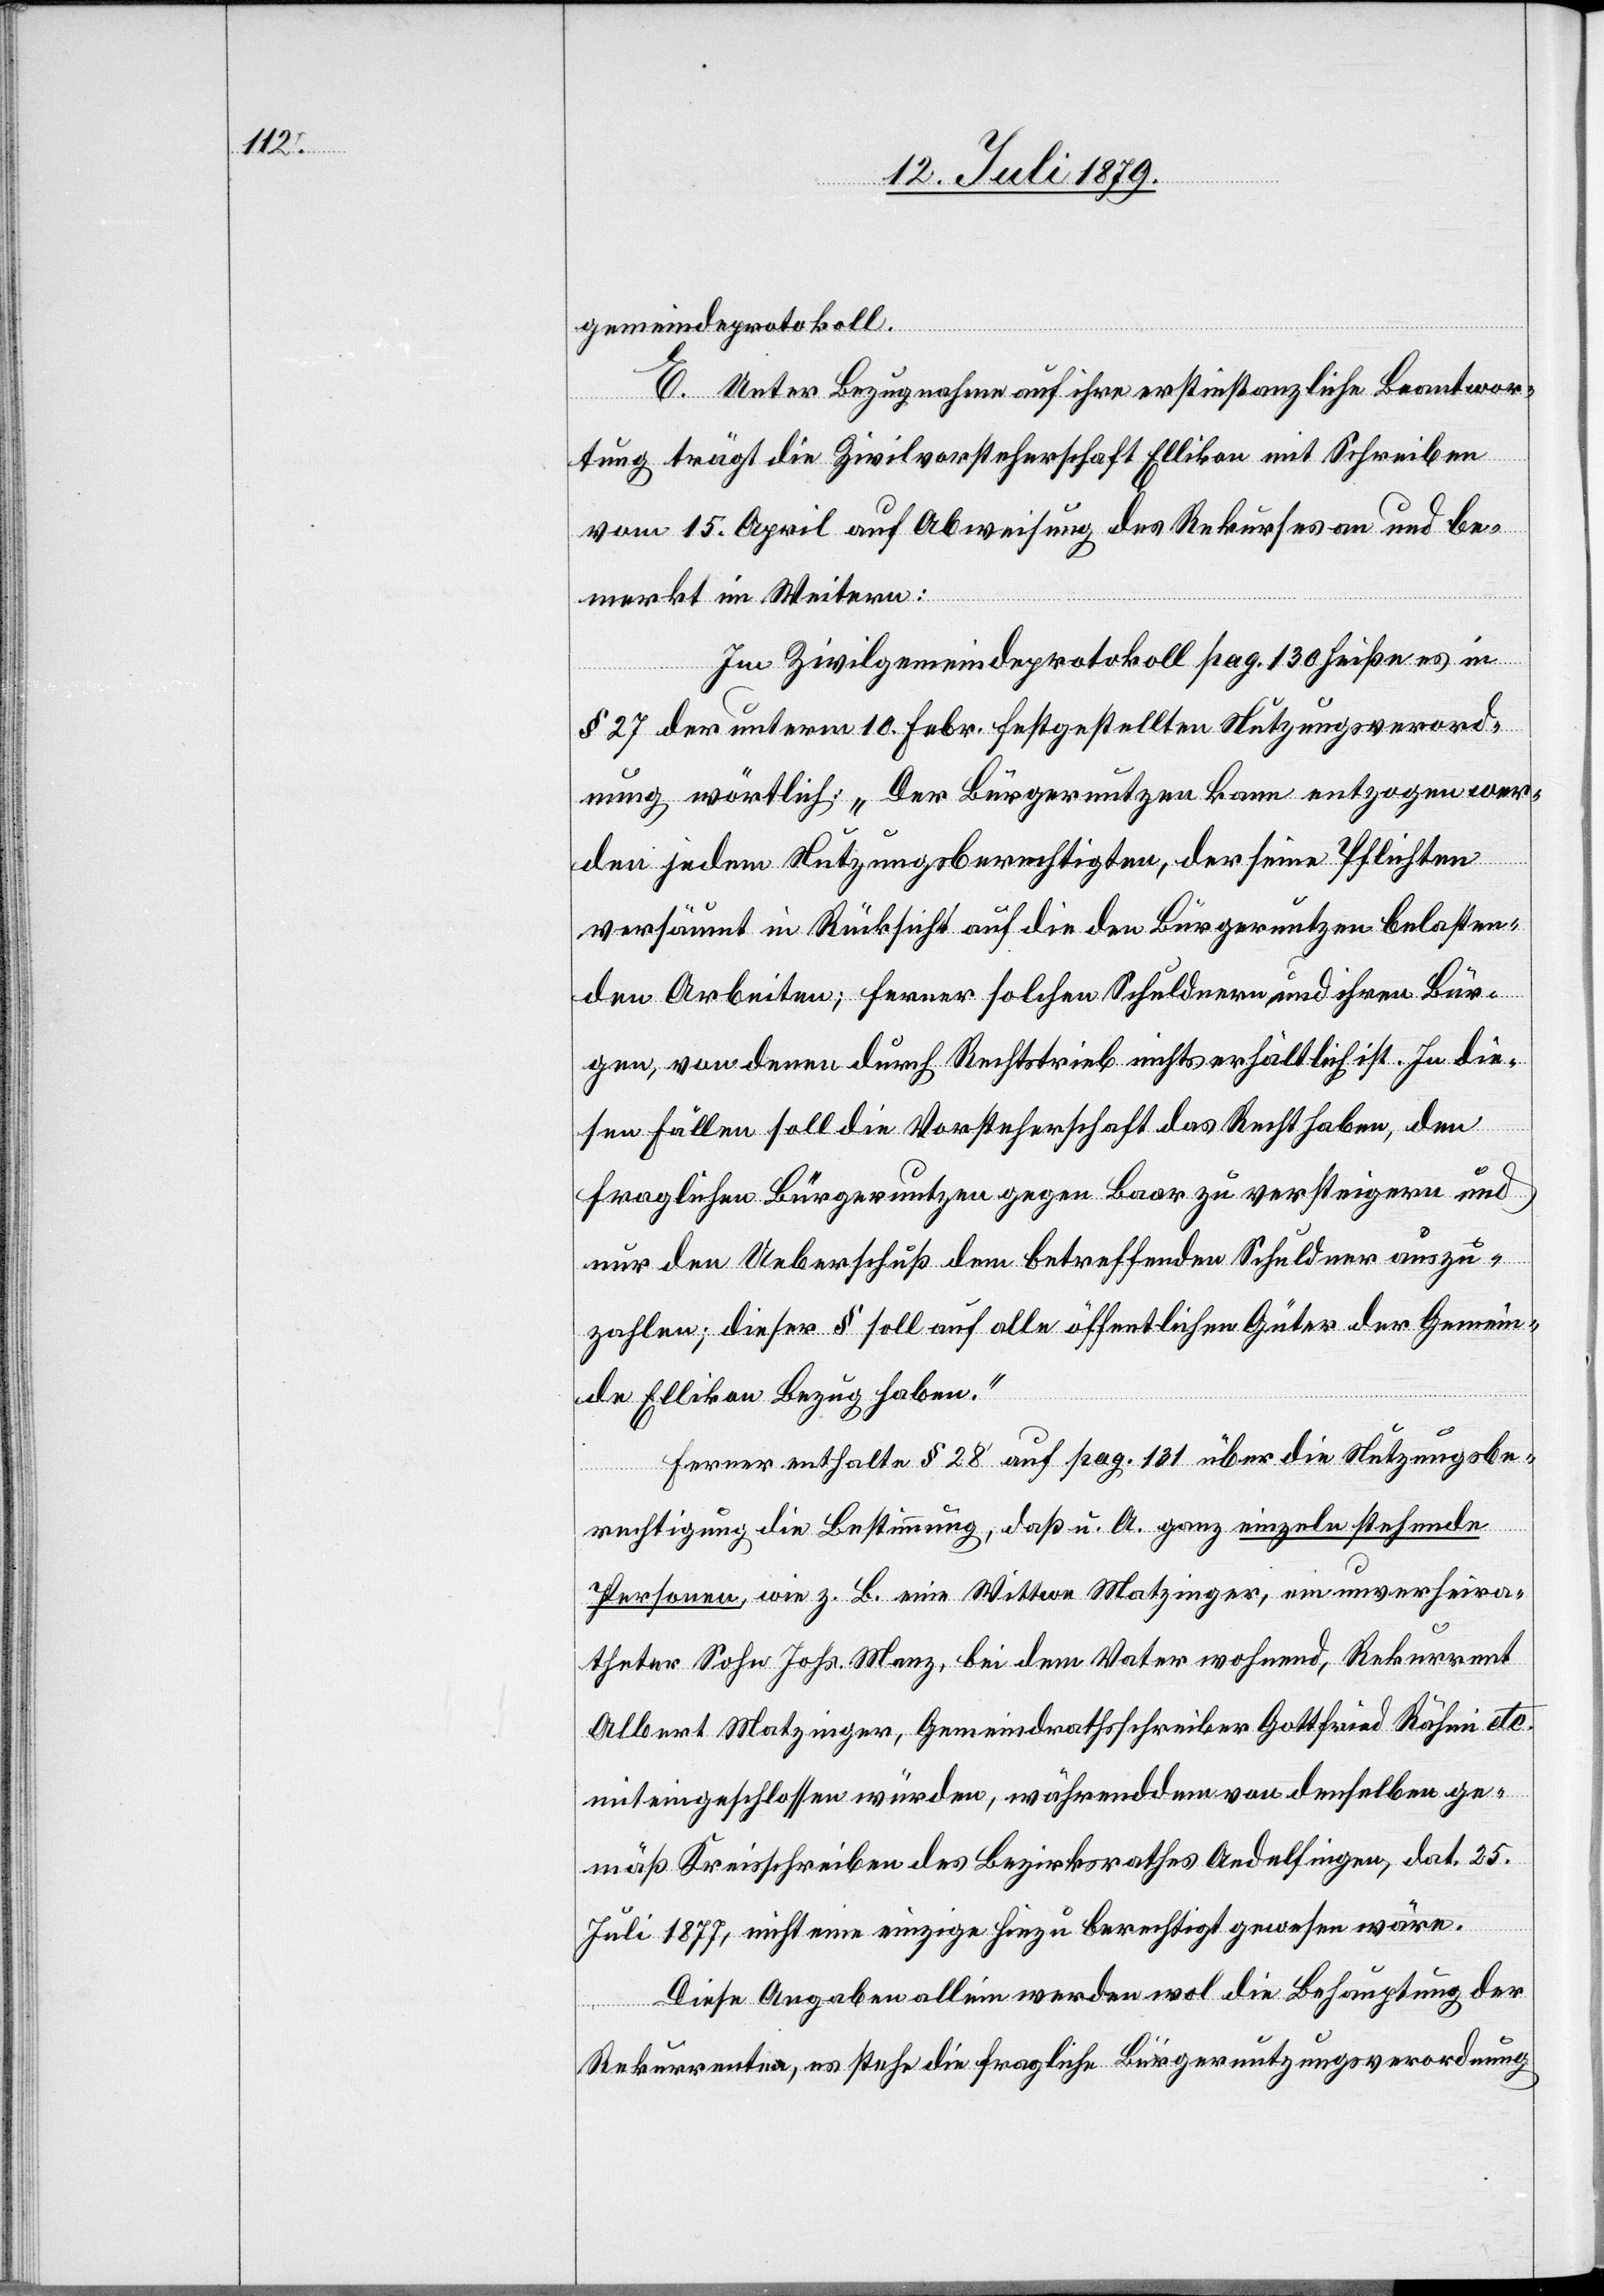
gemeindeprotokoll.
E. Unter Bezugnahme auf ihre erstinstanzliche Beantwor¬
tung trägt die Zivilvorsteherschaft Ellikon mit Schreiben
vom 15. April auf Abweisung des Rekurses an und be¬
merkt im Weitern:
Im Zivilgemeindeprotokoll pag. 130 heiße es in
§ 27 der unterm 10. Febr. festgestellten Nutzungsverord¬
nung wörtlich: „Der Bügernutzen kann entzogen wer¬
den jedem Nutzungsberechtigten, der seine Pflichten
versäumt in Rücksicht auf die den Bürgernutzen belasten¬
den Arbeiten; ferner solchen Schuldnern und ihren Bür¬
gen, von denen durch Rechtstrieb nichts erhältlich ist. In die¬
sen Fällen soll die Vorsteherschaft das Recht haben, den
fraglichen Bürgernutzen gegen Baar zu versteigern und
nur den Ueberschuß dem betreffenden Schuldner auszu¬
zahlen; dieser § soll auf alle öffentlichen Güter der Gemein¬
de Ellikon Bezug haben.“
Ferner enthalte § 28 auf pag. 131 über die Nutzungsbe¬
rechtigung die Bestimmung, daß u. A. ganz einzeln stehende
Personen, wie z. B. eine Wittwe Matzinger, ein unverheira¬
theter Sohn Johs. Manz, bei dem Vater wohnend, Rekurrent
Albert Matzinger, Gemeindrathsschreiber Gottfried Rähmi etc.
mit eingeschlossen würden, währenddem von denselben ge¬
mäß Kreisschreiben des Bezirksrathes Andelfingen, dat. 25.
Juli 1877, nicht eine einzige hiezu berechtigt gewesen wäre.
Diese Angaben allein werden wol die Behauptung der
Rekurrenten, es stehe die fragliche Bürgernutzungsverordnung